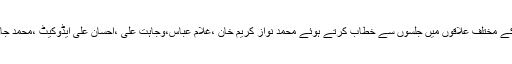
ان خیالا ت کا اظہار عوامی رابطہ مہم کے مختلف علاقوں میں جلسوں سے خطاب کرتے ہوئے محمد نواز کریم خان ،غلام عباس،وجاہت علی ،احسان علی ایڈوکیٹ ،محمد جاوید ،نظام الدین ،فقیر شاہ و دیگر نے کیا۔